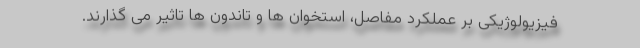
فیزیولوژیکی بر عملکرد مفاصل، استخوان ها و تاندون ها تاثیر می گذارند.